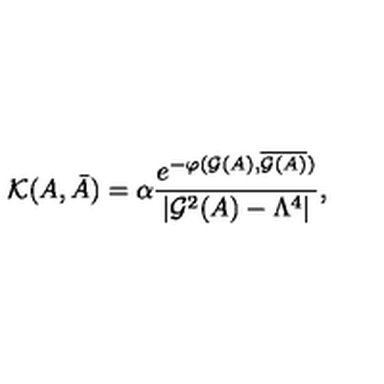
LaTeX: { \cal K } ( A , \bar { A } ) = \alpha { \frac { e ^ { - \varphi ( { \cal G } ( A ) , \overline { { { \cal G } ( A ) } } ) } } { | { \cal G } ^ { 2 } ( A ) - \Lambda ^ { 4 } | } } ,